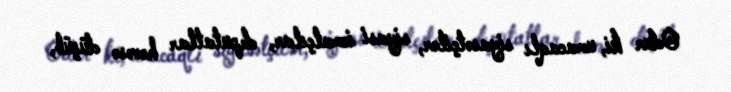
Odur ki, umacaqlı siyasətçilər, siyasi icmalçılar, deputatlar həvəsə düşüb,